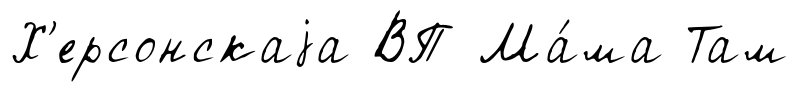
Х'ерсонскаjа ВП Ма́ма Там